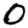
Digit: 0